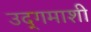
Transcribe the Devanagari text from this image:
उद्‌गमाशी